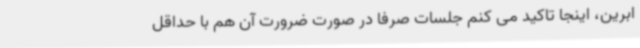
ابرین، اینجا تاکید می کنم جلسات صرفا در صورت ضرورت آن هم با حداقل